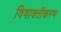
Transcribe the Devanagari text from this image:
विषाक्तीकरण